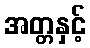
အတ္တနှင့်